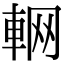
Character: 𨋹